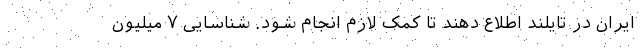
ایران در تایلند اطلاع دهند تا کمک لازم انجام شود. شناسایی ۷ میلیون